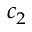
c _ { 2 }